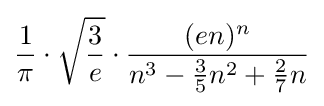
{\frac {1}{\pi }}\cdot {\sqrt {\frac {3}{e}}}\cdot {\frac {(en)^{n}}{n^{3}-{\frac {3}{5}}n^{2}+{\frac {2}{7}}n}}